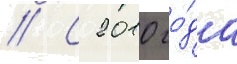
// С 2010 го́да